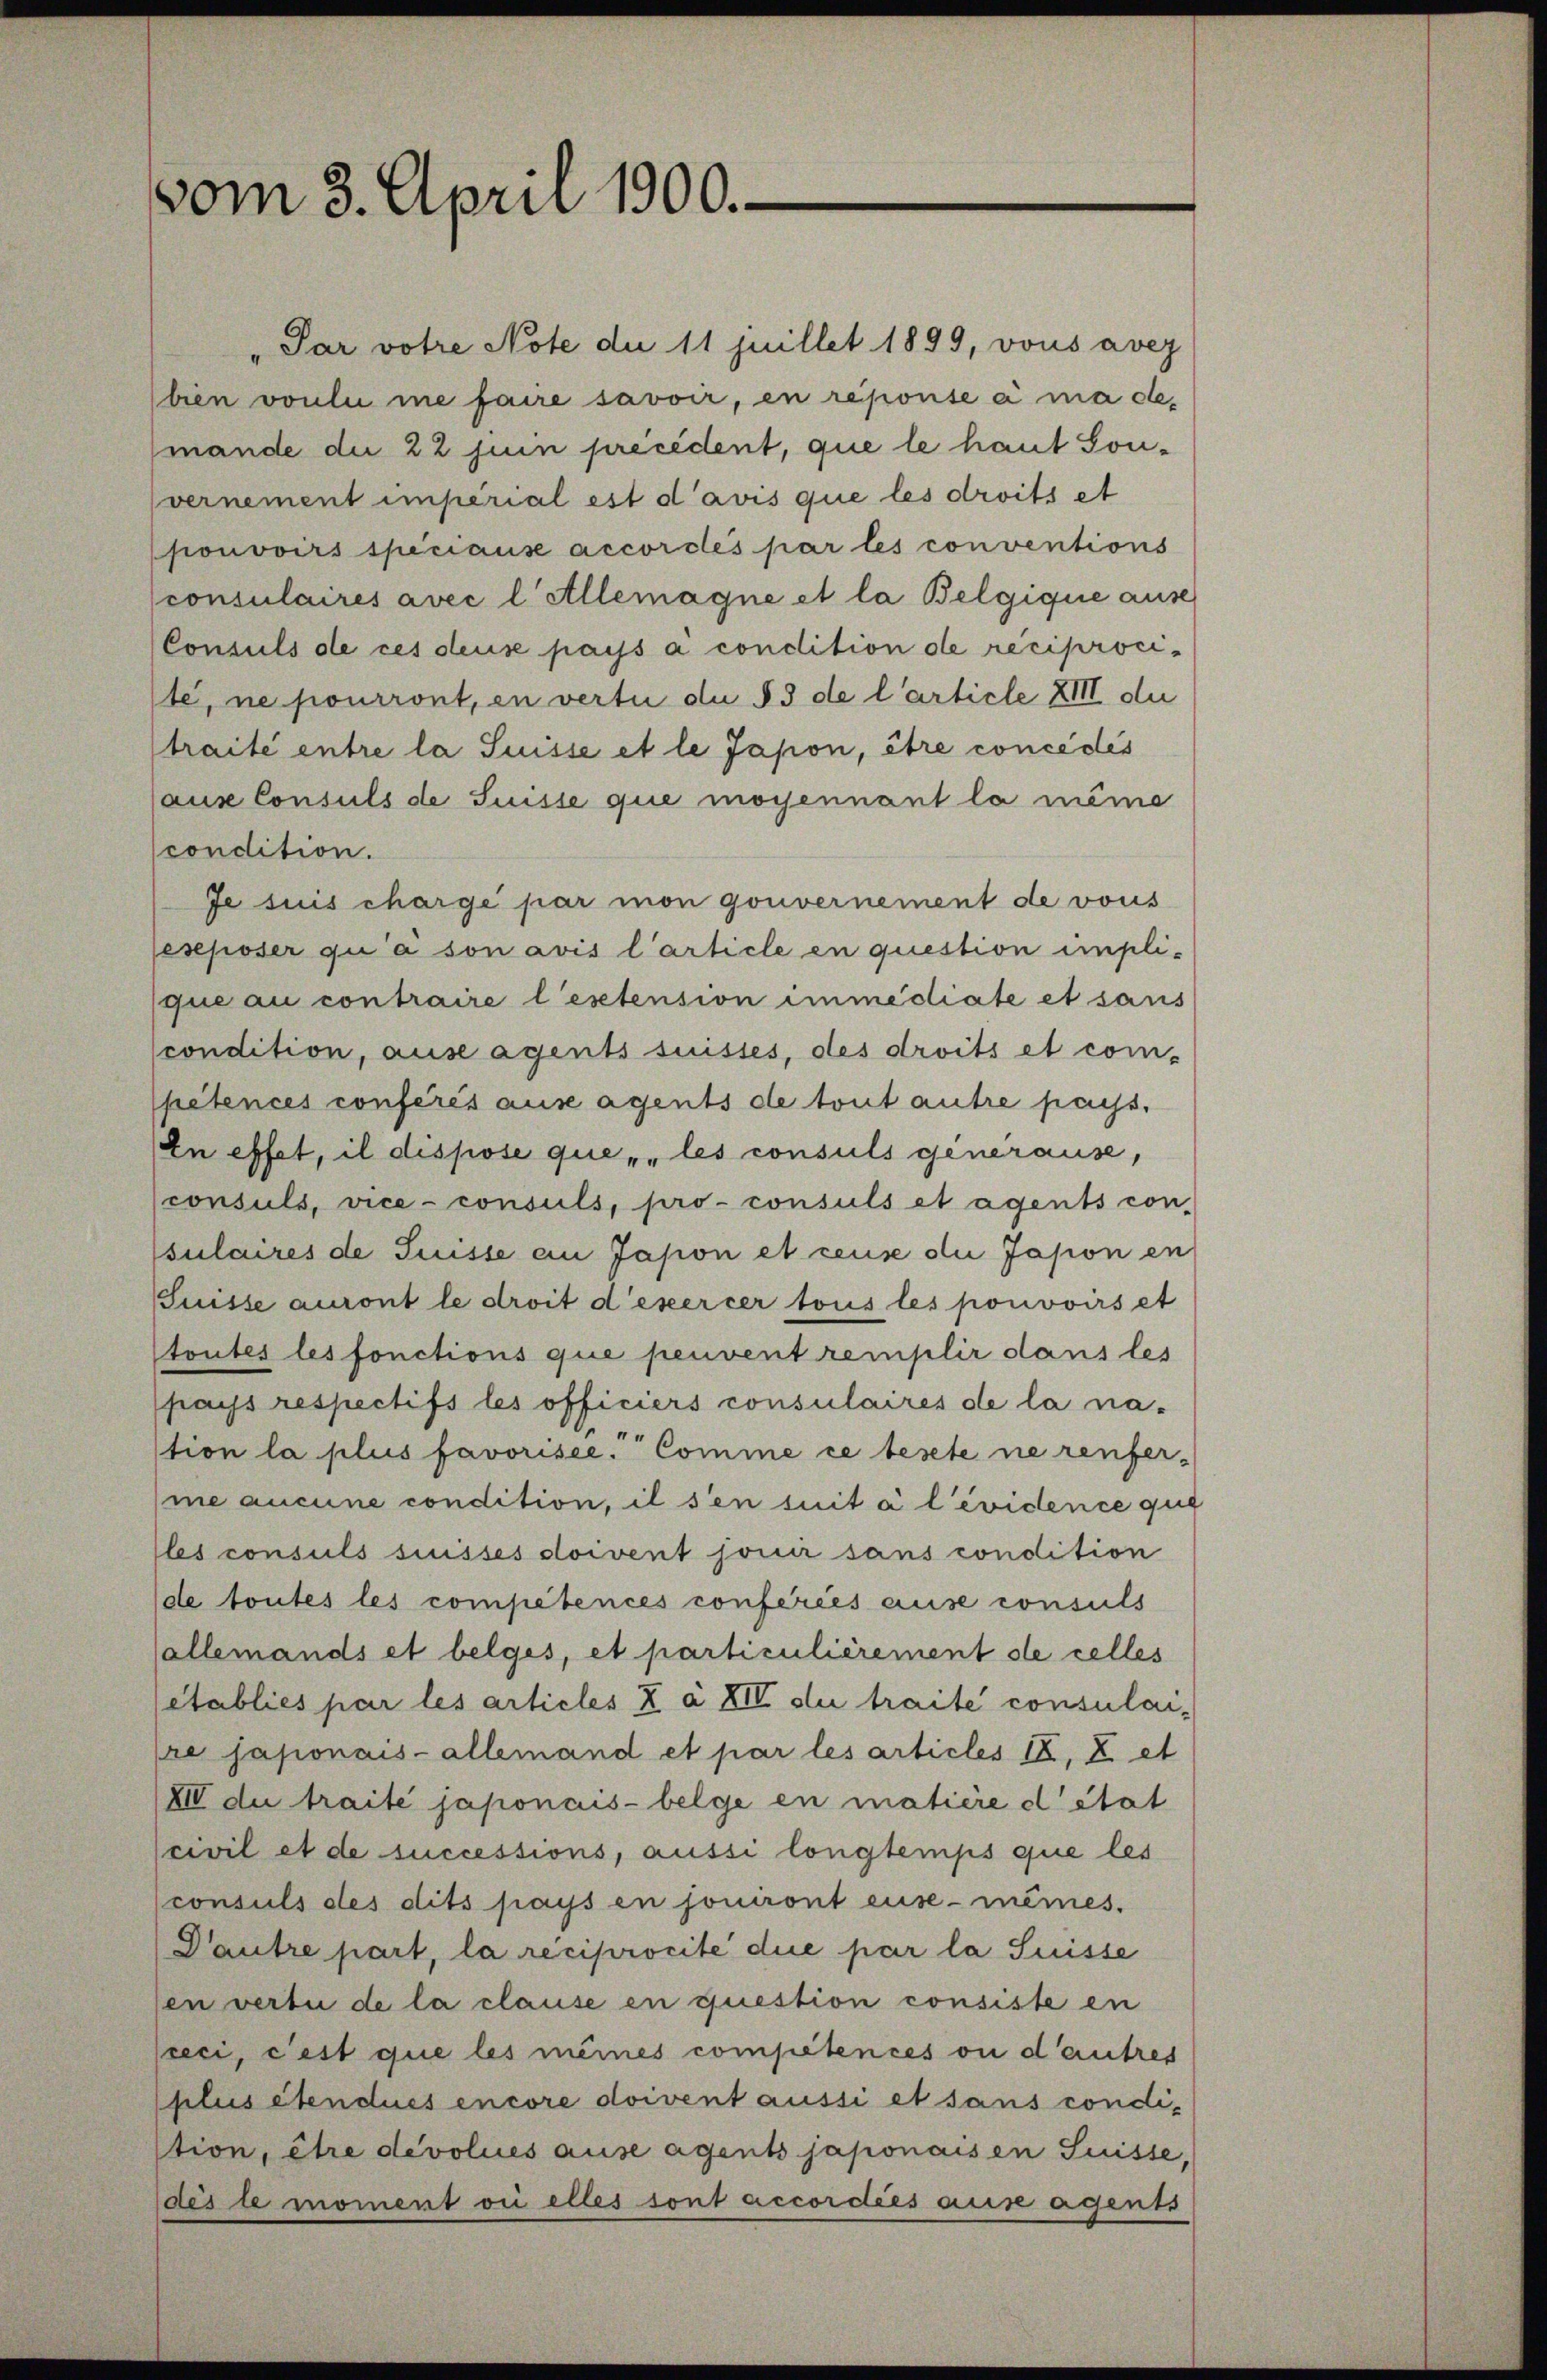
vom 3. April 1900.

Par votre Note die 11 juillet 1899, vons aver
bien voulii me faire savoir, en reponse à ma de-
mande die 22 juin precedent, que le haut Sonvernement imperial est d’avis que les droits et
pouvoirs speciause accordés par les conventions
consulaires avec l Allemagne et la Belgique ause
Consuls de ces deus pays a condition de reciprocite, ne pourront, en vertu du § 3 de l’article XIII du
traité entre la Suisse et le Japon, être concédés
(aus Consuls de Suisse que moyennant la même
condition.
Je suis charge par mon gouvernement de vous
Jeseposer qui a son avis l’article en question impli-
que au contraire lestension immédiate et sans
condition, ause agents suisses, des droits et com-
pétences conférés aus agents de tout autre pays.
En effet, il dispose que les consuls generause,
consuls, vice - consuls, pro- consuls et agents con-
sulaires de Suisse an Jasion et ceux die Jasion en
Suisse auront le droit d’exercer tous les pouvoirs et
toutes les fonctions que peuvent remplir dans les
pays respectifs les officiers consulaires de la na-
tion la plus favorisee. Comme ce besete ne renfer-
me aucune condition, il sen suit à l’évidence qu
les consuls suisses doivent jouir sans condition
de toutes les compétences conferies ause consuls
(allemands et belges, et particulièrement de celles
etabliés par les articles 2 a XIV die traite consulai-
pre japonais- allemand et par les articles I. Z. et
XIV die traite japonais- belge en matière d’état
civil et de successions, aussi longtemps que les
consuls des dits pays en jouiront euse-mêmes.
Dautre part, la reciprocité due par la Suisse
en vertu de la clause en question consiste en
sceci, cest que les meines competences ou d’autres
plus étendues encore doivent aussi et sans condition, être devolues ause agents japonaisen Suisse,
des le moment vii elles sont accordies ause agents